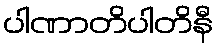
ပါဏာတိပါတိနီ